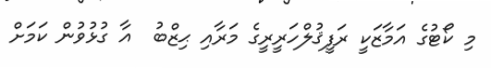
މި ކޯޓުގެ އަމާޒަކީ ރަފީޤުލްހަރީރީގެ މަރާއި ޙިޒްބު  އާ ގުޅުވުން ކަމަށް